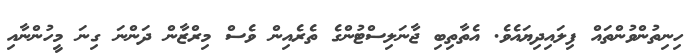
ހިނިތުންވުންތައް ފިލައިދިޔައެވެ. އެތާތިބި ޖާނަލިސްޓުންގެ ތެރެއިން ވެސް މިރްޒާން ދަންނަ ގިނަ މީހުންނާއި